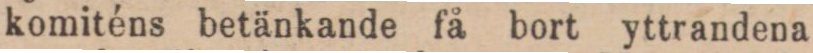
komiténs betänkande få bort yttrandena